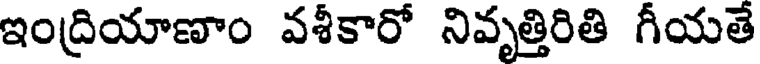
ఇంద్రియాణాం వశీకారో నివృత్తిరితి గీయతే